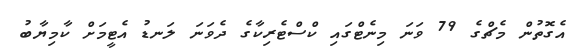
އެގޮތުން މެޗްގެ 79 ވަނަ މިނެޓްގައި ކްސްޓެރިކާގެ ދެވަނަ ލަނޑު އެޓީމަށް ކާމިޔާބު